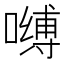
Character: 𰈶